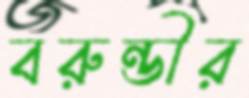
বরুন্ডীর